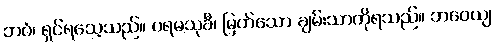
ဘဝံ၊ ရှင်ရသေ့သည်။ ပရမသုခီ၊ မြတ်သော ချမ်းသာကိုရသည်။ ဘဝေယျ